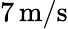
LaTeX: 7\, \mathrm{m/s}